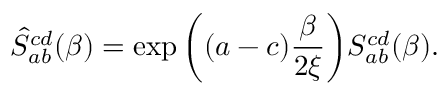
\hat { S } _ { a b } ^ { c d } ( \beta ) = \exp \bigg ( ( a - c ) { \frac { \beta } { 2 \xi } } \bigg ) S _ { a b } ^ { c d } ( \beta ) .